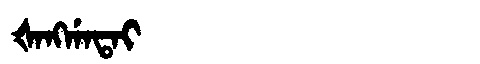
Manchu: ᡧᠠᠩᡤᠠᡨᠠᡳ
Romanization: ŠANGGATAI